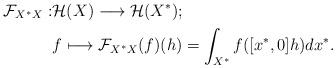
LaTeX: \begin{align*}\mathcal{F}_{X^{\ast} X}: & \mathcal{H}(X)\longrightarrow \mathcal{H}(X^{\ast});\\ & f \longmapsto \mathcal{F}_{X^{\ast} X}(f)(h)=\int_{X^{\ast}} f([x^{\ast}, 0]h) dx^{\ast}.\end{align*}